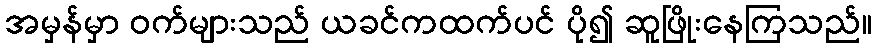
အမှန်မှာ ဝက်များသည် ယခင်ကထက်ပင် ပို၍ ဆူဖြိုးနေကြသည်။